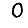
Digit: 0